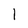
Character: 1